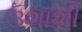
ઉશાશી